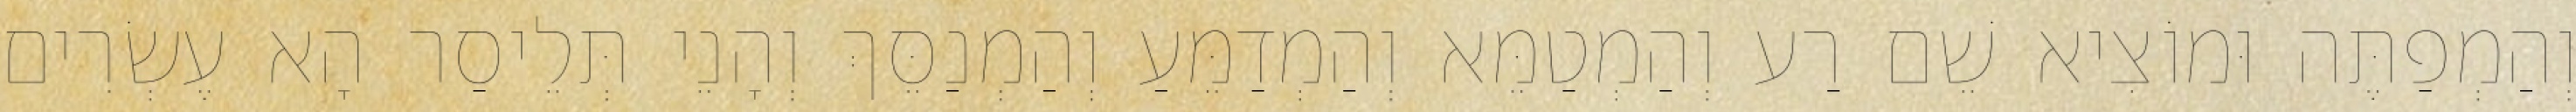
וְהַמְפַתֶּה וּמוֹצִיא שֵׁם רַע וְהַמְטַמֵּא וְהַמְדַמֵּעַ וְהַמְנַסֵּךְ וְהָנֵי תְּלֵיסַר הָא עֶשְׂרִים